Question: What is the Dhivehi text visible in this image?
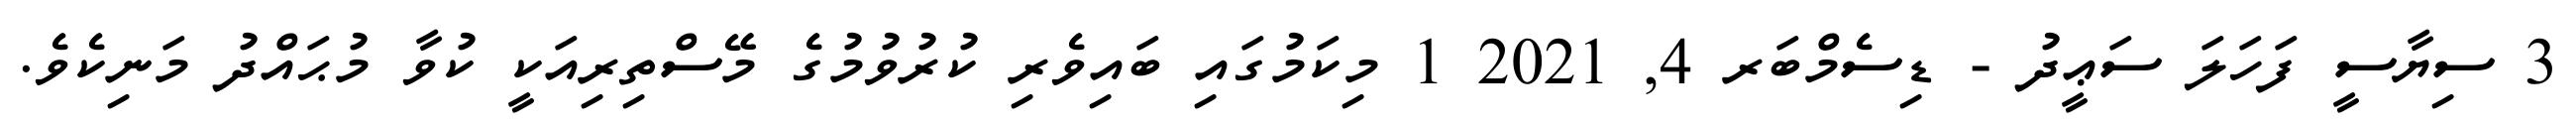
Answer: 3 ސިޔާސީ ފަހަލަ ސަޢީދު - ޑިސެމްބަރ 4, 2021 1 މިކަމުގައި ބައިވެރި ކުރުވުމުގެ މޭސްތިރިއަކީ ކުވާ މުޙައްދު މަނިކެވެ.